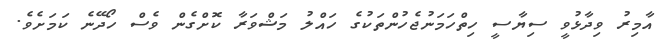
އާމިރު ވިދާޅުވީ ސިޔާސީ ހިތްހަމަނުޖެހުންތަކުގެ ހައްލު މަޝްވަރާ ކޮށްގެން ވެސް ހޯދޭނެ ކަމަށެވެ.